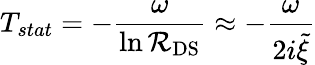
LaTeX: T_{stat}=-\frac{\omega}{\ln{\cal R}_{\mathrm{DS}}}\approx-\frac{\omega}{2i{\tilde{\xi}}}